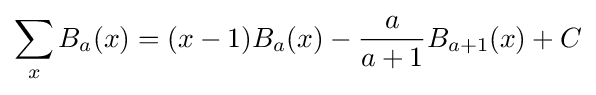
\sum _{x}B_{a}(x)=(x-1)B_{a}(x)-{\frac {a}{a+1}}B_{a+1}(x)+C